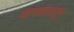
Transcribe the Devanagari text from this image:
धान्यापासून